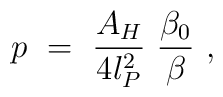
p~=~{A_H \over 4 l_{P}^2}~{\beta_0 \over \beta}~,